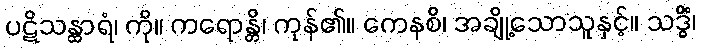
ပဋိသန္ထာရံ၊ ကို။ ကရောန္တိ၊ ကုန်၏။ ကေနစိ၊ အချို့သောသူနှင့်။ သဒ္ဓိံ၊